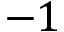
- 1